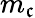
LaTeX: m_{\mathfrak{c}}